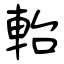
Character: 軩